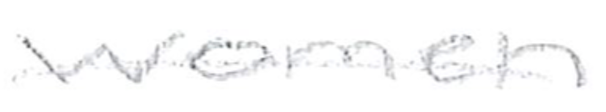
Text: women
Cross-out: single-line
Writing tool: pencil